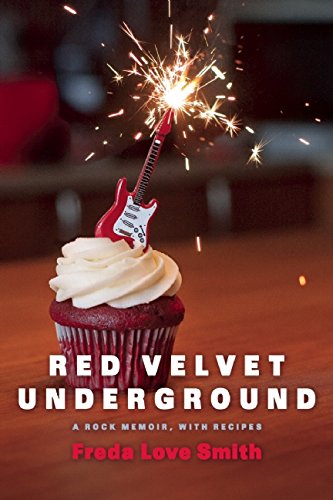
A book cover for Red Velvet Underground: A Rock Memoir, with Recipes; Freda Love Smith; Cookbooks, Food & Wine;